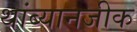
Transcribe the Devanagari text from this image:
थांब्यानजीक